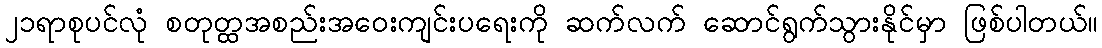
၂၁ရာစုပင်လုံ စတုတ္ထအစည်းအဝေးကျင်းပရေးကို ဆက်လက် ဆောင်ရွက်သွားနိုင်မှာ ဖြစ်ပါတယ်။